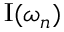
\operatorname { I } ( \omega _ { n } )